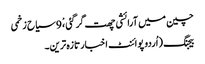
چین میں آرائشی چھت گرگئی ،ْ 9 سیاح زخمی
بیجنگ (اُردو پوائنٹ اخبارتازہ ترین۔